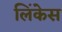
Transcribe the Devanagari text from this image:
लिंकेस